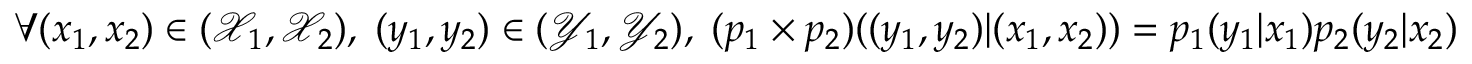
\forall ( x _ { 1 } , x _ { 2 } ) \in ( { \mathcal { X } } _ { 1 } , { \mathcal { X } } _ { 2 } ) , \; ( y _ { 1 } , y _ { 2 } ) \in ( { \mathcal { Y } } _ { 1 } , { \mathcal { Y } } _ { 2 } ) , \; ( p _ { 1 } \times p _ { 2 } ) ( ( y _ { 1 } , y _ { 2 } ) | ( x _ { 1 } , x _ { 2 } ) ) = p _ { 1 } ( y _ { 1 } | x _ { 1 } ) p _ { 2 } ( y _ { 2 } | x _ { 2 } )